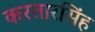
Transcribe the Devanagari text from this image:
करतारसिंह